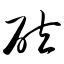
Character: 砬